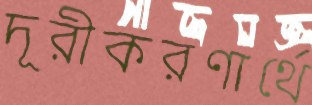
দূরীকরণার্থে